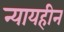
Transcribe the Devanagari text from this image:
न्यायहीन